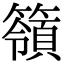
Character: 𥵝